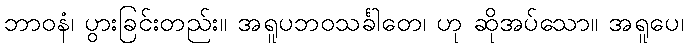
ဘာဝနံ၊ ပွားခြင်းတည်း။ အရူပဘဝသင်္ခါတေ၊ ဟု ဆိုအပ်သော။ အရူပေ၊